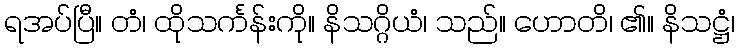
ရအပ်ပြီ။ တံ၊ ထိုသင်္ကန်းကို။ နိသဂ္ဂိယံ၊ သည်။ ဟောတိ၊ ၏။ နိသဋ္ဌံ၊